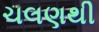
ચલણથી